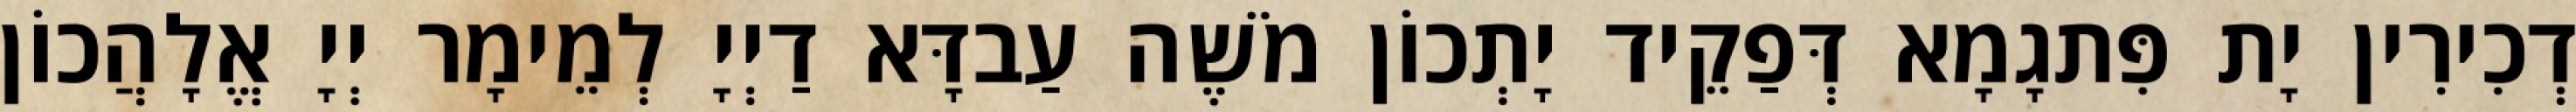
דְכִירִין יָת פִּתגָמָא דְּפַקֵיד יָתְכוֹן מֹשֶׁה עַבדָּא דַיְיָ לְמֵימָר יְיָ אֱלָהֲכוֹן